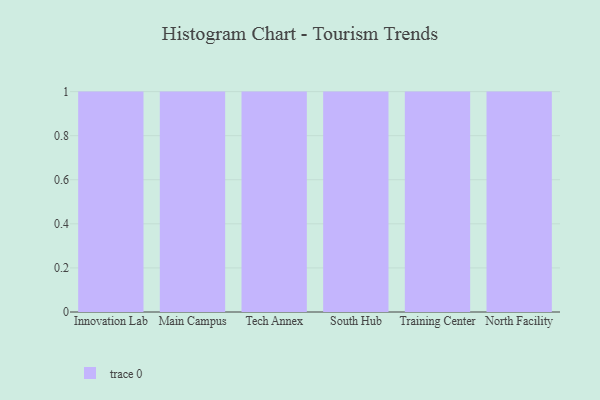
{"axis": {"x": "Campus", "y": "Market Share (%)"}, "legend": [""], "data": [{"x": "Innovation Lab", "y": 16, "type": ""}, {"x": "Main Campus", "y": 31, "type": ""}, {"x": "Tech Annex", "y": 37, "type": ""}, {"x": "South Hub", "y": 22, "type": ""}, {"x": "Training Center", "y": 14, "type": ""}, {"x": "North Facility", "y": 99, "type": ""}]}